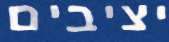
יציבים